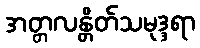
အတ္တလန္တိတ်သမုဒ္ဒရာ